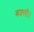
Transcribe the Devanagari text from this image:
बक्सी।